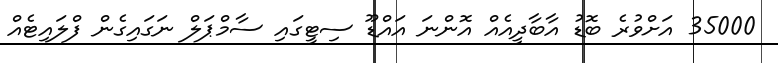
35000 އަށްވުރެ ބޮޑު އާބާދީއެއް އޮންނަ އައްޑޫ ސިޓީގައި ސާމްޕަލް ނަގައިގެން ފްލައިޓެއް